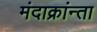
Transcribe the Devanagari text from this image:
मंदाक्रांन्ता